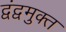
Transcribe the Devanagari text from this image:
द्वंद्वमुक्त